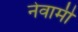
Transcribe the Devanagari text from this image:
नेवामी